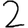
Digit: 2